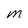
Character: M